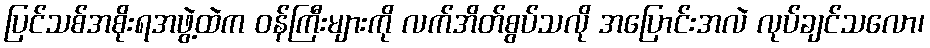
ပြင်သစ်အစိုးရအဖွဲ့ထဲက ဝန်ကြီးများကို လက်အိတ်စွပ်သလို အပြောင်းအလဲ လုပ်ချင်သလော၊